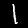
Label: 1